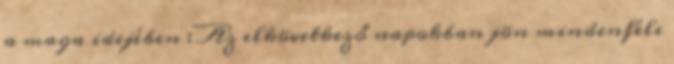
a maga idejében : Az elkövetkező napokban jön mindenféle